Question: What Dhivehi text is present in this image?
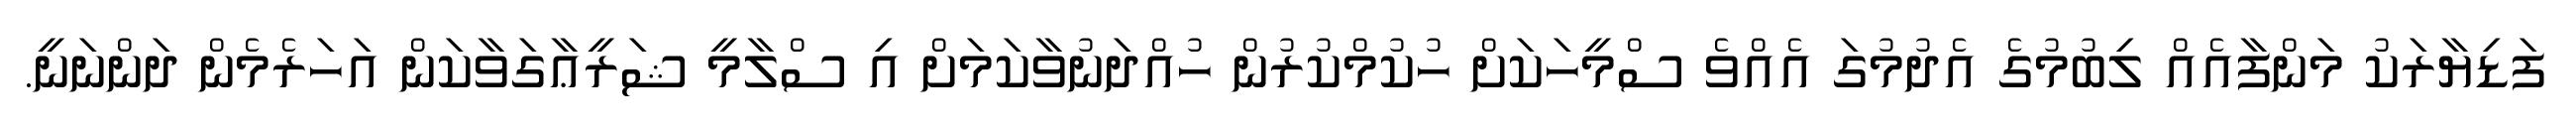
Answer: ފަޑިޔާރަކު މަންފާއެއް ލިބުމުގެ އެދުމުގަ އެއްވެ ސްމީހަކަށް ހުކުމްކުރުން ހުއްދަނުވާކަމަށް އި ސްލާމީ ޝަރީޢާގަވާކަން އަހަރެމެން ދަންނަނީ.